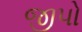
જીપો